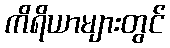
ကိရိယာများတွင်